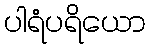
ပါရံပရိယော